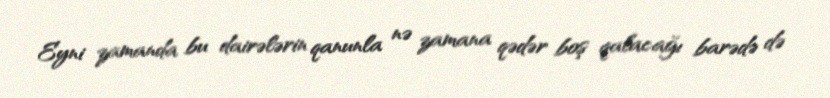
Eyni zamanda bu dairələrin qanunla nə zamana qədər boş qalacağı barədə də